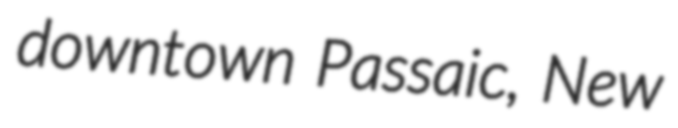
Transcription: downtown Passaic, New